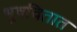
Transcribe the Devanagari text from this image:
भूषवितात